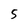
Character: 5